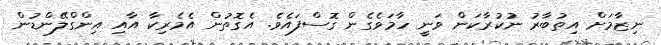
ނިޒާމަށް އިތުބާރު ނުކުރާކަން ވަނީ ހާމަވެގެން ގޮސްފައެވެ. އެގޮތުން އެމެރިކާ އާއި އިންގްލޭންޑުން